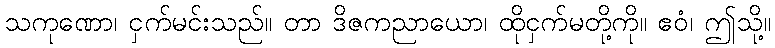
သကုဏော၊ ငှက်မင်းသည်။ တာ ဒိဇကညာယော၊ ထိုငှက်မတို့ကို။ ဧဝံ၊ ဤသို့။